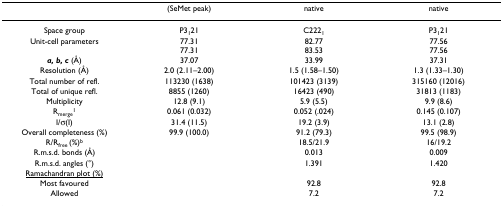
<table><thead><tr><td></td><td><b>(SeMet peak)</b></td><td><b>native</b></td><td><b>native</b></td></tr></thead><tbody><tr><td>Space group</td><td>P3<sub>1</sub>21</td><td>C222<sub>1</sub></td><td>P3<sub>1</sub>21</td></tr><tr><td>Unit-cell parameters</td><td>77.3177.31</td><td>82.7783.53</td><td>77.5677.56</td></tr><tr><td><b><i>a, b, c </i></b>(Å)</td><td>37.07</td><td>33.99</td><td>37.31</td></tr><tr><td>Resolution (Å)</td><td>2.0 (2.11–2.00)</td><td>1.5 (1.58–1.50)</td><td>1.3 (1.33–1.30)</td></tr><tr><td>Total number of refl.</td><td>113230 (1638)</td><td>101423 (3139)</td><td>315160 (12016)</td></tr><tr><td>Total of unique refl.</td><td>8855 (1260)</td><td>16423 (490)</td><td>31813 (1183)</td></tr><tr><td>Multiplicity</td><td>12.8 (9.1)</td><td>5.9 (5.5)</td><td>9.9 (8.6)</td></tr><tr><td>R<sub>merge</sub><sup>1</sup></td><td>0.061 (0.032)</td><td>0.052 (.024)</td><td>0.145 (0.107)</td></tr><tr><td>I/σ(I)</td><td>31.4 (11.5)</td><td>19.2 (3.9)</td><td>13.1 (2.8)</td></tr><tr><td>Overall completeness (%)</td><td>99.9 (100.0)</td><td>91.2 (79.3)</td><td>99.5 (98.9)</td></tr><tr><td>R/R<sub>free </sub>(%)<sup>b</sup></td><td></td><td>18.5/21.9</td><td>16/19.2</td></tr><tr><td>R.m.s.d. bonds (Å)</td><td></td><td>0.013</td><td>0.009</td></tr><tr><td>R.m.s.d. angles (°)</td><td></td><td>1.391</td><td>1.420</td></tr><tr><td><underline>Ramachandran plot (%)</underline></td><td></td><td></td><td></td></tr><tr><td>Most favoured</td><td></td><td>92.8</td><td>92.8</td></tr><tr><td>Allowed</td><td></td><td>7.2</td><td>7.2</td></tr></tbody></table>